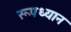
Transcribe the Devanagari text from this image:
रूपध्यान